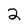
Character: 2